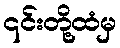
၎င်းတို့ထံမှ